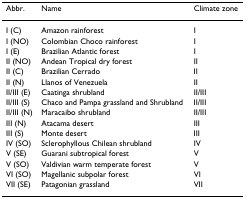
<table><thead><tr><td><b>Abbr.</b></td><td><b>Name</b></td><td><b>Climate zone</b></td></tr></thead><tbody><tr><td>I (C)</td><td>Amazon rainforest</td><td>I</td></tr><tr><td>I (NO)</td><td>Colombian Choco rainforest</td><td>I</td></tr><tr><td>I (E)</td><td>Brazilian Atlantic forest</td><td>I</td></tr><tr><td>II (NO)</td><td>Andean Tropical dry forest</td><td>II</td></tr><tr><td>II (C)</td><td>Brazilian Cerrado</td><td>II</td></tr><tr><td>II (N)</td><td>Llanos of Venezuela</td><td>II</td></tr><tr><td>II/III (E)</td><td>Caatinga shrubland</td><td>II/III</td></tr><tr><td>II/III (S)</td><td>Chaco and Pampa grassland and Shrubland</td><td>II/III</td></tr><tr><td>II/III (N)</td><td>Maracaibo shrubland</td><td>II/III</td></tr><tr><td>III (N)</td><td>Atacama desert</td><td>III</td></tr><tr><td>III (S)</td><td>Monte desert</td><td>III</td></tr><tr><td>IV (SO)</td><td>Sclerophyllous Chilean shrubland</td><td>IV</td></tr><tr><td>V (SE)</td><td>Guarani subtropical forest</td><td>V</td></tr><tr><td>V (SO)</td><td>Valdivian warm temperate forest</td><td>V</td></tr><tr><td>VI (SO)</td><td>Magellanic subpolar forest</td><td>VI</td></tr><tr><td>VII (SE)</td><td>Patagonian grassland</td><td>VII</td></tr></tbody></table>